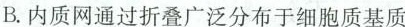
B.内质网通过折叠广泛分布于细胞质基质